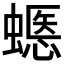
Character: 𧏽